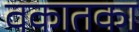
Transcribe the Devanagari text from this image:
वकातका